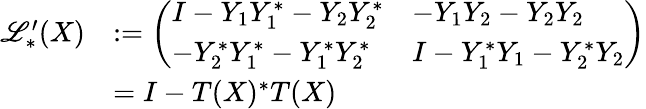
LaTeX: \begin{array}{rl}{\mathscr{L}_{*}^{\prime}(X)}&{:=\left(\begin{array}{ll}{I-Y_{1}Y_{1}^{*}-Y_{2}Y_{2}^{*}}&{-Y_{1}Y_{2}-Y_{2}Y_{2}}\\ {-Y_{2}^{*}Y_{1}^{*}-Y_{1}^{*}Y_{2}^{*}}&{I-Y_{1}^{*}Y_{1}-Y_{2}^{*}Y_{2}}\end{array}\right)}\\ &{=I-T(X)^{*}T(X)}\end{array}